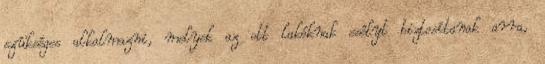
szükséges alkalmazni, melyek az ott lakóknak esélyt biztosítanak arra,